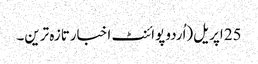
25 اپریل(اُردو پوائنٹ اخبارتازہ ترین۔